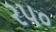
ર૫૦